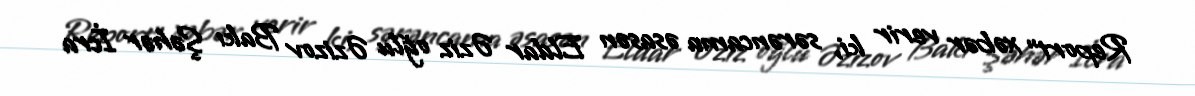
Report" xəbər verir ki, sərəncama əsasən Eldar Əziz oğlu Əzizov Bakı Şəhər İcra